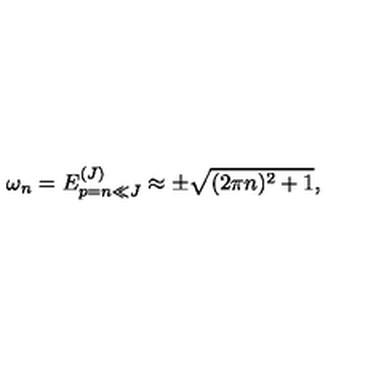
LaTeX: \omega _ { n } = E _ { p = n \ll J } ^ { ( J ) } \approx \pm \sqrt { ( 2 \pi n ) ^ { 2 } + 1 } ,